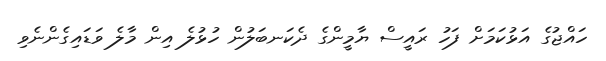
ހައްޖުގެ އަޅުކަމަށް ފަހު ރައީސް ޔާމީންގެ ދެކަނބަލުން ހުޅުލެ އިން މާލެ ވަޑައިގެންނެވި